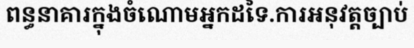
ពន្ធនាគារក្នុងចំណោមអ្នកដទៃ.ការអនុវត្តច្បាប់